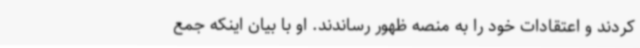
کردند و اعتقادات خود را به منصه ظهور رساندند. او با بیان اینکه جمع